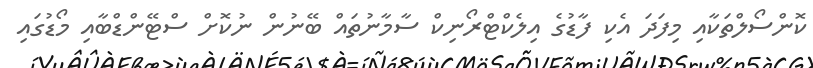
ކޮންސޯލްތަކާއި މިފަދަ އެކި ފާޑުގެ އިލެކްޓްރޯނިކް ސާމާނުތައް ބޭނުން ނުކޮށް ސްޓޭންޑްބާއި މޯޑުގައި